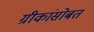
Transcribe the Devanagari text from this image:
ग्रीकांसोबत